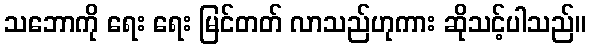
သဘောကို ရေး ရေး မြင်တတ် လာသည်ဟုကား ဆိုသင့်ပါသည်။